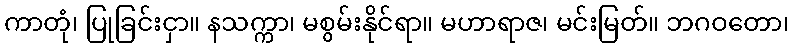
ကာတုံ၊ ပြုခြင်းငှာ။ နသက္ကာ၊ မစွမ်းနိုင်ရာ။ မဟာရာဇ၊ မင်းမြတ်။ ဘဂဝတော၊